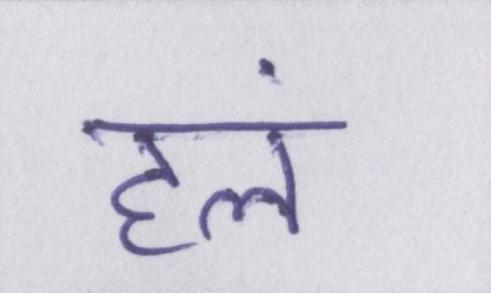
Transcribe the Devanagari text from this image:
हलं